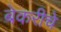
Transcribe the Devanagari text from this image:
बेकरीचे